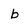
Character: b